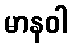
မာနဝါ